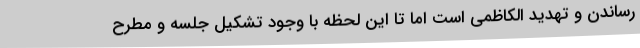
رساندن و تهدید الکاظمی است اما تا این لحظه با وجود تشکیل جلسه و مطرح